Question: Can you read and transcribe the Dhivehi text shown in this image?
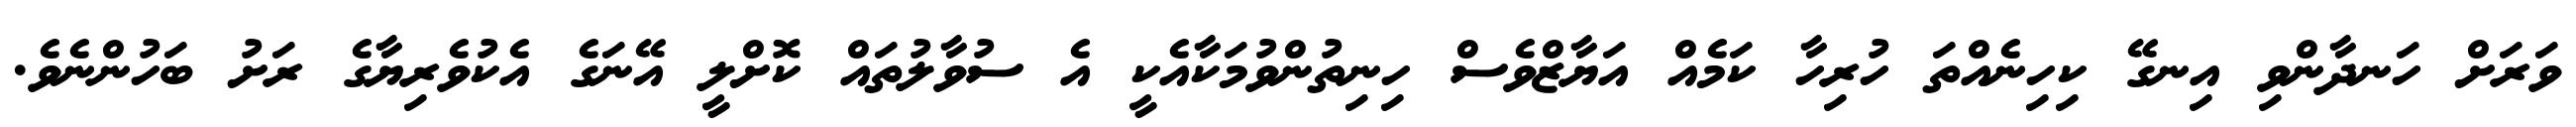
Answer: ވަރަށް ހަނދާންވި އިނގޭ ކިހިނެއްތަ ހުރިހާ ކަމެއް އަޔާޒްވެސް ހިނިތުންވުމަކާއެކީ އެ ސުވާލުތައް ކޮށްލީ އޭނަގެ އެކުވެރިޔާގެ ރަށު ބަހުންނެވެ.